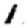
Digit: 1